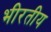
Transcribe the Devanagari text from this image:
भीरतीय